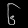
Digit: ၆